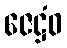
ဇေဋ္ဌံဝ